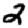
Digit: 2